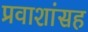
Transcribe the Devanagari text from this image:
प्रवाशांसह